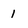
Character: 1